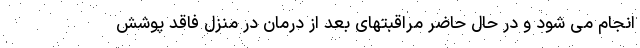
انجام می شود و در حال حاضر مراقبتهای بعد از درمان در منزل فاقد پوشش